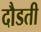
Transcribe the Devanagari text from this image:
दौडती